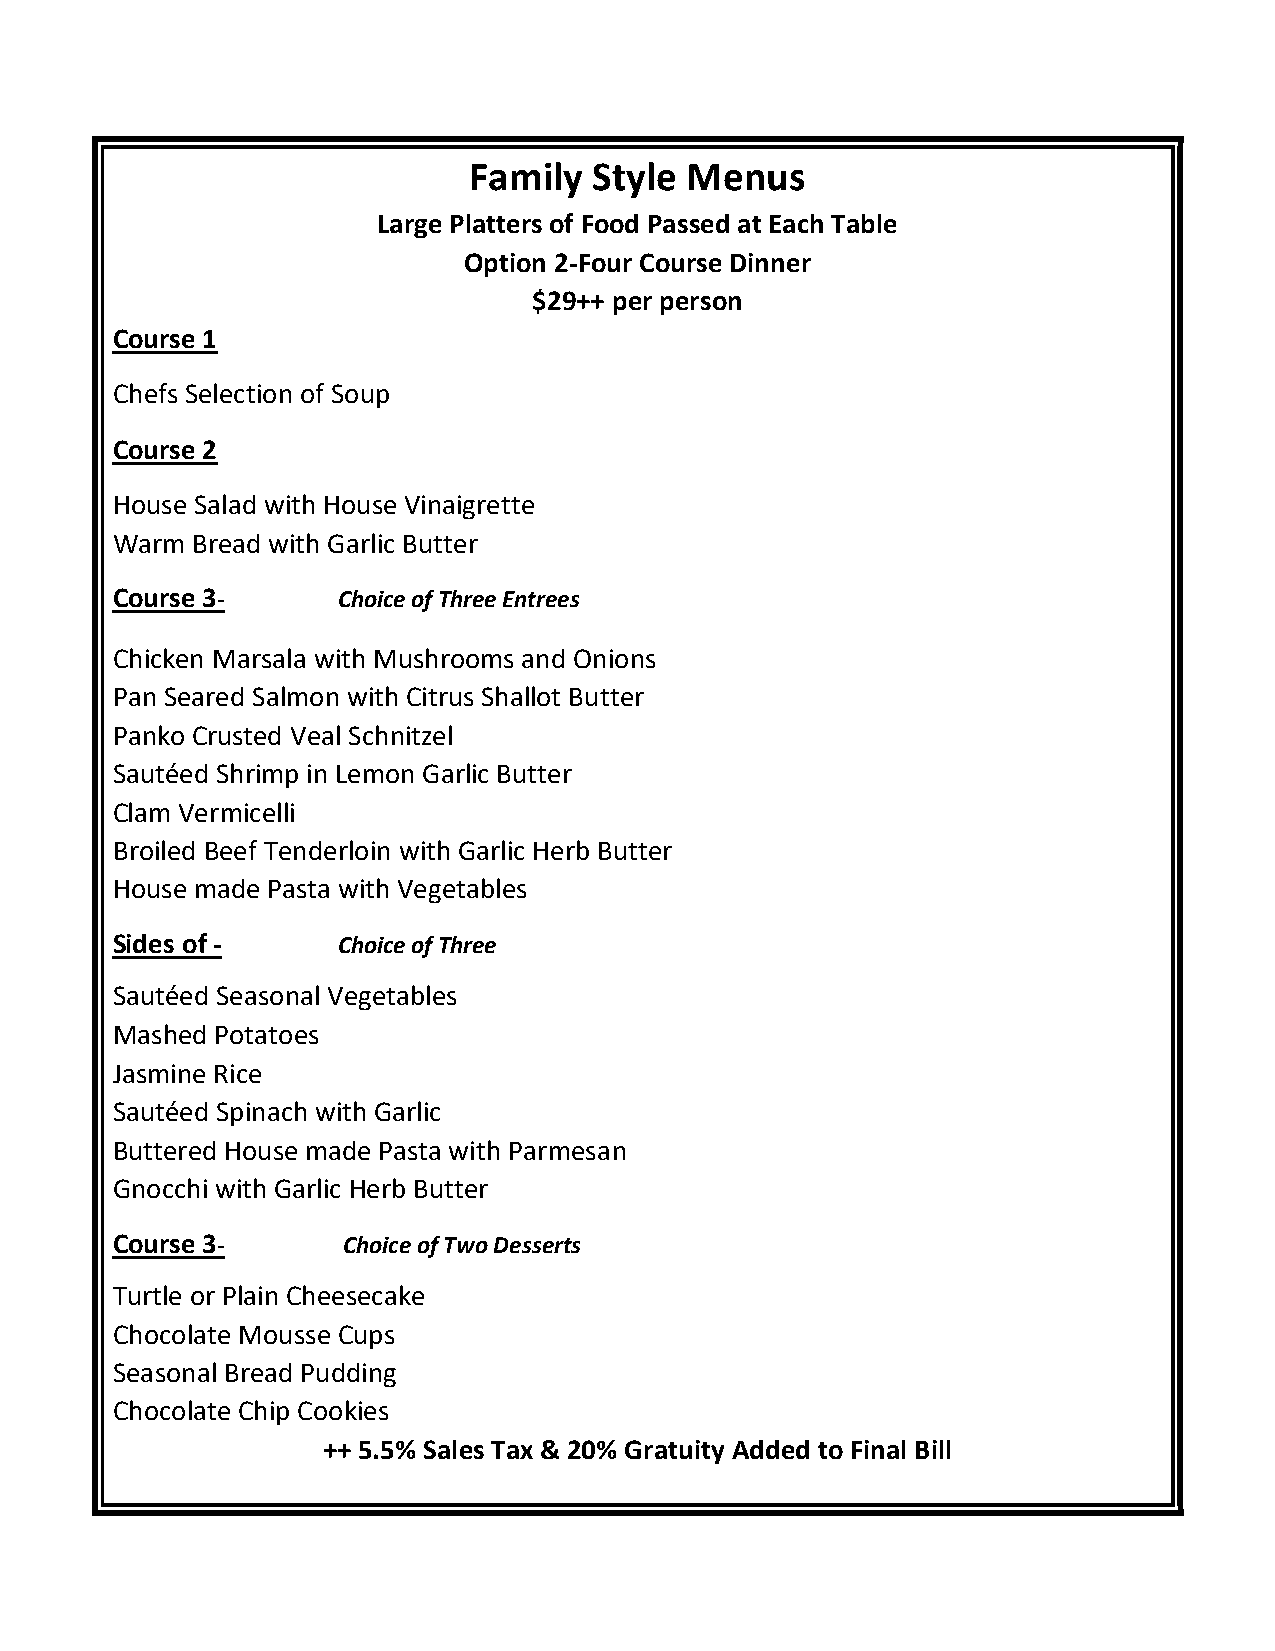
Family  Style Menus
 Large Platters of Food Passed at Each Table
 Option 2-Four Course Dinner
 $29++ per person
 Course 1
 Chefs Selection of Soup
 Course 2
 House Salad with House Vinaigrette
 Warm  Bread with Garlic Butter
 Course 3-      Choice of Three Entrees
 Chicken Marsala with Mushrooms and Onions
 Pan Seared Salmon with Citrus Shallot Butter
 Panko Crusted Veal Schnitzel
 Sautéed Shrimp in Lemon Garlic Butter
 Clam Vermicelli
 Broiled Beef Tenderloin with Garlic Herb Butter
 House made Pasta with Vegetables
 Sides of -     Choice of Three
 Sautéed Seasonal Vegetables
 Mashed Potatoes
 Jasmine Rice
 Sautéed Spinach with Garlic
 Buttered House made Pasta with Parmesan
 Gnocchi with Garlic Herb Butter
 Course 3-       Choice of Two Desserts
 Turtle or Plain Cheesecake
 Chocolate Mousse Cups
 Seasonal Bread Pudding
 Chocolate Chip Cookies
 ++ 5.5% Sales Tax & 20% Gratuity Added to Final Bill